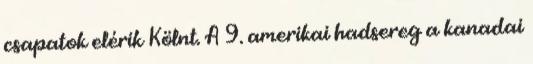
csapatok elérik Kölnt. A 9. amerikai hadsereg a kanadai